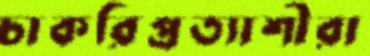
চাকরিপ্রত্যাশীরা